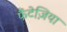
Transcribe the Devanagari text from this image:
फैंटेज़िया